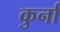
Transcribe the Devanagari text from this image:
कुर्ना